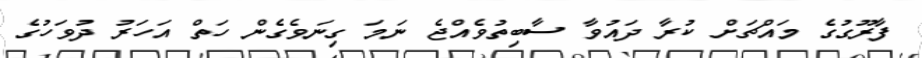
ފާރޫގުގެ މައްޗަށް ކުރާ ދައުވާ ސާބިތުވެއްޖެ ނަމަ ގިނަވެގެން ހަތް އަހަރު ދުވަހުގެ